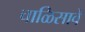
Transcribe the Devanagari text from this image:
चाळिसावे